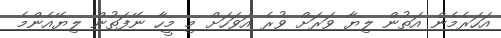
އަހަރެމެން އަތުން ލިޔާ ވަރަށް ވުރެ އަވަހަށް މި މީހާ ނޭފަތުން ލިޔޭއެންމެ